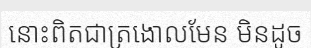
នោះពិតជាត្រងោលមែន មិនដូច